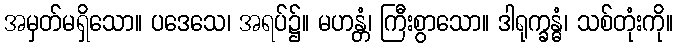
အမှတ်မရှိသော။ ပဒေသေ၊ အရပ်၌။ မဟန္တံ၊ ကြီးစွာသော။ ဒါရုက္ခန္ဓံ၊ သစ်တုံးကို။